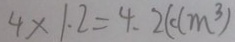
4 \times 1 . 2 = 4 . 2 ( d m ^ { 3 } )